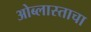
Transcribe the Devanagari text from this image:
ओब्लास्ताचा